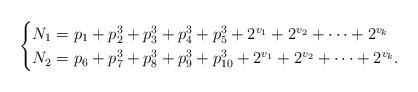
LaTeX: \begin{align*} \begin{cases} N_{1} = p_{1}+p_{2}^{3}+p_{3}^{3}+p_{4}^{3}+p_{5}^{3}+2^{v_{1}}+2^{v_{2}}+\cdots+2^{v_{k}}\\ N_{2} = p_{6}+p_{7}^{3}+p_{8}^{3}+p_{9}^{3}+p_{10}^{3}+2^{v_{1}}+2^{v_{2}}+\cdots+2^{v_{k}}.\end{cases}\end{align*}